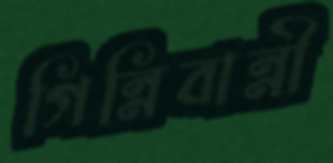
গিন্নিবান্নী